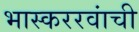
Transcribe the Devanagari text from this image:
भास्कररवांची